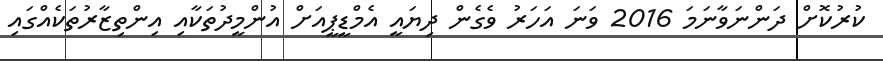
ކުރުކޮށް ދަންނަވާނަމަ 2016 ވަނަ އަހަރު ވެގެން ދިޔައީ އެމްޑީޕީއަށް އުންމީދުތަކާއި އިންތިޒާރުތަކެއްގައި